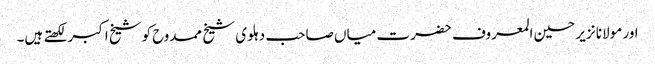
اور مولانا نزیر حسین المعروف حضرت میاں صاحب دہلوی شیخ ممدوح کوشیخ اکبر لکھتے ہیں۔